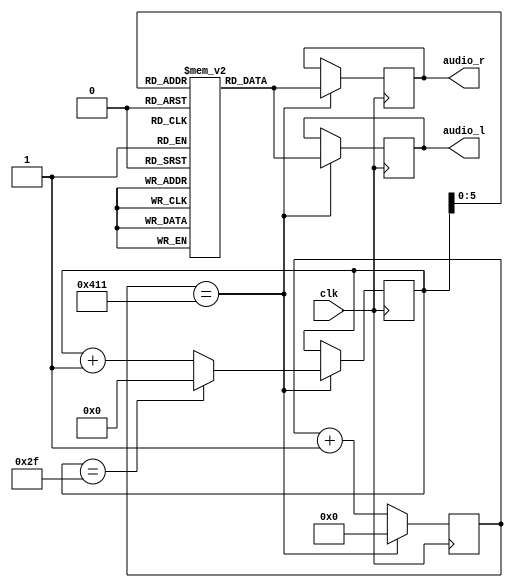
`timescale 1ns / 1ps
`default_nettype none

//////////////////////////////////////////////////////////////////////////////////
// Company: 
// Engineer: 
// 
// Design Name: 
// Module Name: audio_source
// Project Name: 
// Target Devices: 
// Tool Versions: 
// Description: 
// 
// Dependencies: 
// 
// Revision:
// Revision 0.01 - File Created
// Additional Comments:
// 
//////////////////////////////////////////////////////////////////////////////////

module audio_source (
  input wire clk,
  output reg [15:0] audio_l,
  output reg [15:0] audio_r  
  );
  
  parameter [15:0] CLKMHZ = 16'd50;
  parameter FREQHZTONO = 1000; // frecuencia en Hz del tono a escuchar
  localparam [15:0] TICKSPERSAMPLE = CLKMHZ * 10000 / 480;   // asumimos una f.s. de 48 kHz
  localparam SAMPLEPERIOD = 48000 / FREQHZTONO;

  reg [15:0] sample[0:SAMPLEPERIOD-1];
  integer i;
  initial begin
    for (i=0; i<SAMPLEPERIOD; i=i+1)
      sample[i] = 32767*$sin(i*2*3.141592654/SAMPLEPERIOD);
  end
  
  reg [15:0] counter = 0;
  reg [7:0] isample = 0;
  always @(posedge clk) begin
    counter <= counter + 1;
    if (counter == TICKSPERSAMPLE) begin
      counter <= 0;
      if (isample == (SAMPLEPERIOD-1))
        isample <= 0;
      else
        isample <= isample + 1;
      audio_l <= sample[isample];
      audio_r <= sample[isample];
    end
  end
endmodule

`default_nettype none